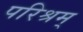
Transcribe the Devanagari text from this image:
परिश्रम्